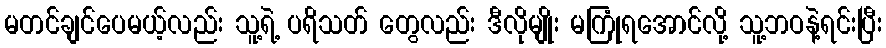
မတင်ချင်ပေမယ့်လည်း သူ့ရဲ့ ပရိသတ် တွေလည်း ဒီလိုမျိုး မကြုံရအောင်လို့ သူ့ဘဝနဲ့ရင်းပြီး